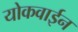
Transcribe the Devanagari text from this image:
योकवाईन